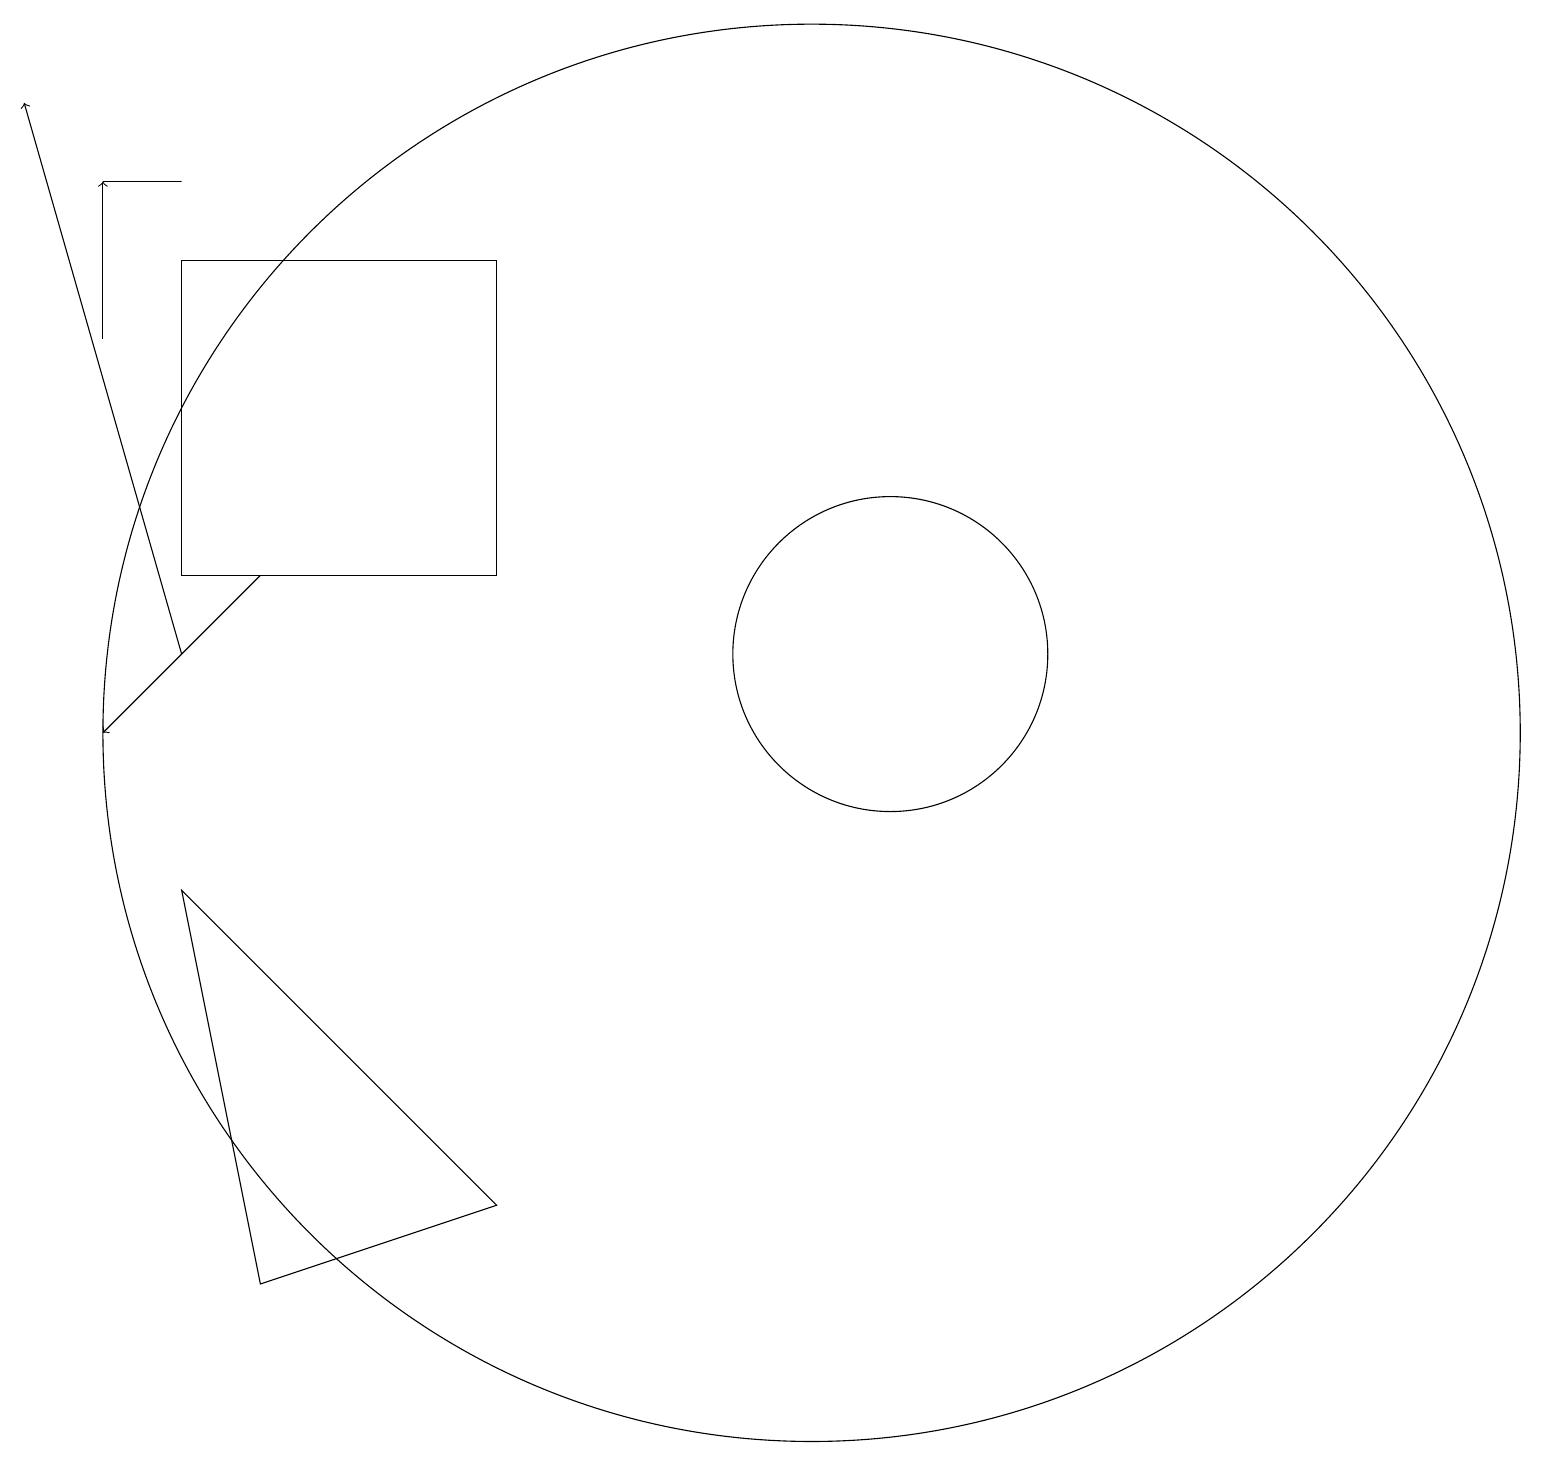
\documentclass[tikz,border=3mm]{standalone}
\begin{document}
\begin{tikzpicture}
\draw[->] (3,13) -- (1,11);
\draw[->] (1,16) -- (1,18);
\draw (10,11) circle (9);
\draw[->] (2,12) -- (0,19);
\draw (2,13) rectangle (6,17);
\draw (11,12) circle (2);
\draw (1,18) rectangle (2,18);
\draw (2,9) -- (3,4) -- (6,5) -- cycle;
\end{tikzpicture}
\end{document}